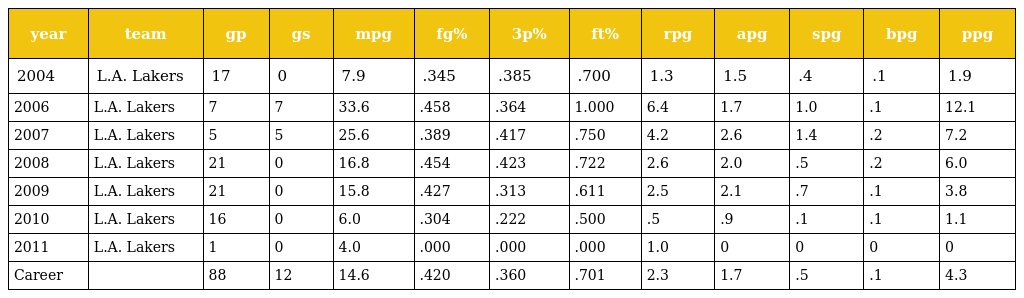
| year | team | gp | gs | mpg | fg% | 3p% | ft% | rpg | apg | spg | bpg | ppg |
 | --- | --- | --- | --- | --- | --- | --- | --- | --- | --- | --- | --- | --- |
 | 2004 | L.A. Lakers | 17 | 0 | 7.9 | .345 | .385 | .700 | 1.3 | 1.5 | .4 | .1 | 1.9 |
 | 2006 | L.A. Lakers | 7 | 7 | 33.6 | .458 | .364 | 1.000 | 6.4 | 1.7 | 1.0 | .1 | 12.1 |
 | 2007 | L.A. Lakers | 5 | 5 | 25.6 | .389 | .417 | .750 | 4.2 | 2.6 | 1.4 | .2 | 7.2 |
 | 2008 | L.A. Lakers | 21 | 0 | 16.8 | .454 | .423 | .722 | 2.6 | 2.0 | .5 | .2 | 6.0 |
 | 2009 | L.A. Lakers | 21 | 0 | 15.8 | .427 | .313 | .611 | 2.5 | 2.1 | .7 | .1 | 3.8 |
 | 2010 | L.A. Lakers | 16 | 0 | 6.0 | .304 | .222 | .500 | .5 | .9 | .1 | .1 | 1.1 |
 | 2011 | L.A. Lakers | 1 | 0 | 4.0 | .000 | .000 | .000 | 1.0 | 0 | 0 | 0 | 0 |
 | Career |  | 88 | 12 | 14.6 | .420 | .360 | .701 | 2.3 | 1.7 | .5 | .1 | 4.3 |